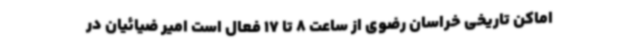
اماکن تاریخی خراسان رضوی از ساعت 8 تا 17 فعال است امیر ضیائیان در